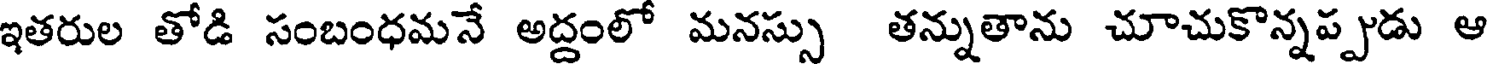
ఇతరుల తోడి సంబంధమనే అద్దంలో మనస్సు తన్నుతాను చూచుకొన్నప్పుడు ఆ